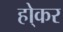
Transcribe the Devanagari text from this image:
हो्कर